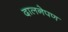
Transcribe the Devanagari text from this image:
दालनेपण